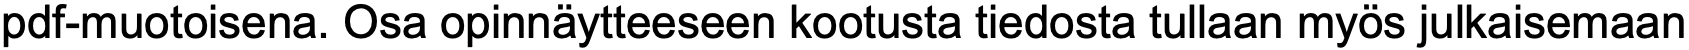
pdf-muotoisena. Osa opinnäytteeseen kootusta tiedosta tullaan myös julkaisemaan